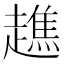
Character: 趭